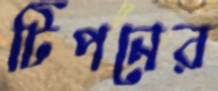
টিপনের